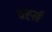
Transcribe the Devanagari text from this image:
वर्ह्स